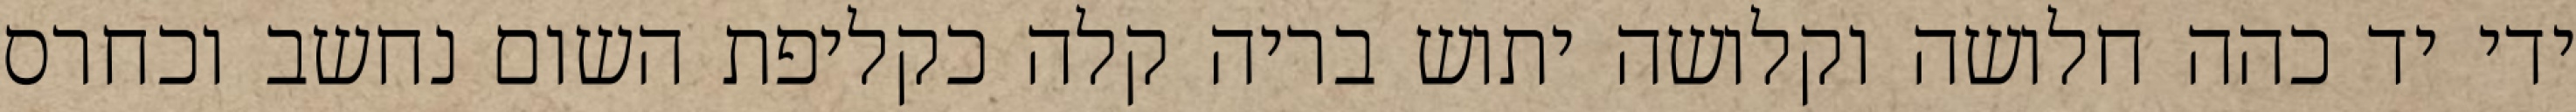
ידי יד כהה חלושה וקלושה יתוש בריה קלה כקליפת השום נחשב וכחרס